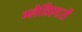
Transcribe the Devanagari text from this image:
ग्लेडिएटरों